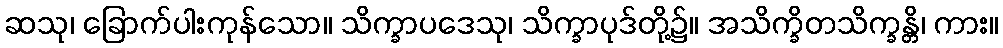
ဆသု၊ ခြောက်ပါးကုန်သော။ သိက္ခာပဒေသု၊ သိက္ခာပုဒ်တို့၌။ အသိက္ခိတသိက္ခန္တိ၊ ကား။